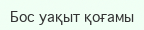
Бос уақыт қоғамы